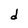
Character: d